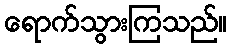
ရောက်သွားကြသည်။